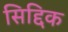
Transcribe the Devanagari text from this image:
सिद्दिक